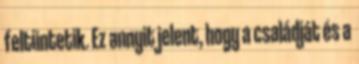
feltüntetik. Ez annyit jelent, hogy a családját és a